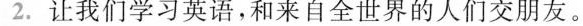
2.让我们学习英语,和来自全世界的人们交朋友。